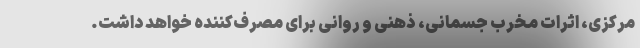
مرکزی، اثرات مخرب جسمانی، ذهنی و روانی برای مصرف‌کننده خواهد داشت.